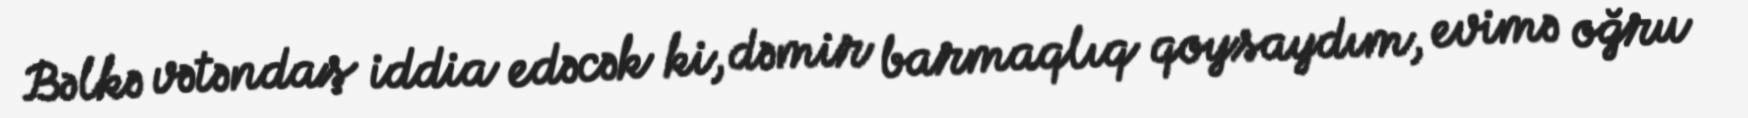
Bəlkə vətəndaş iddia edəcək ki, dəmir barmaqlıq qoysaydım, evimə oğru